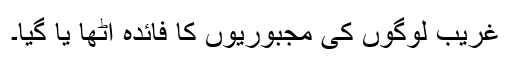
غریب لوگوں کی مجبوریوں کا فائدہ اٹھا یا گیا۔